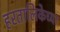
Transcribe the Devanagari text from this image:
हरतालिकेच्या